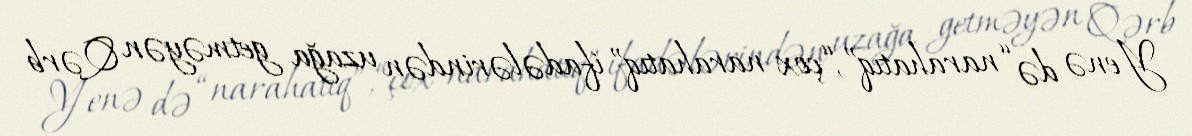
Yenə də “narahatıq”, “çox narahatıq” ifadələrindən uzağa getməyən Qərb